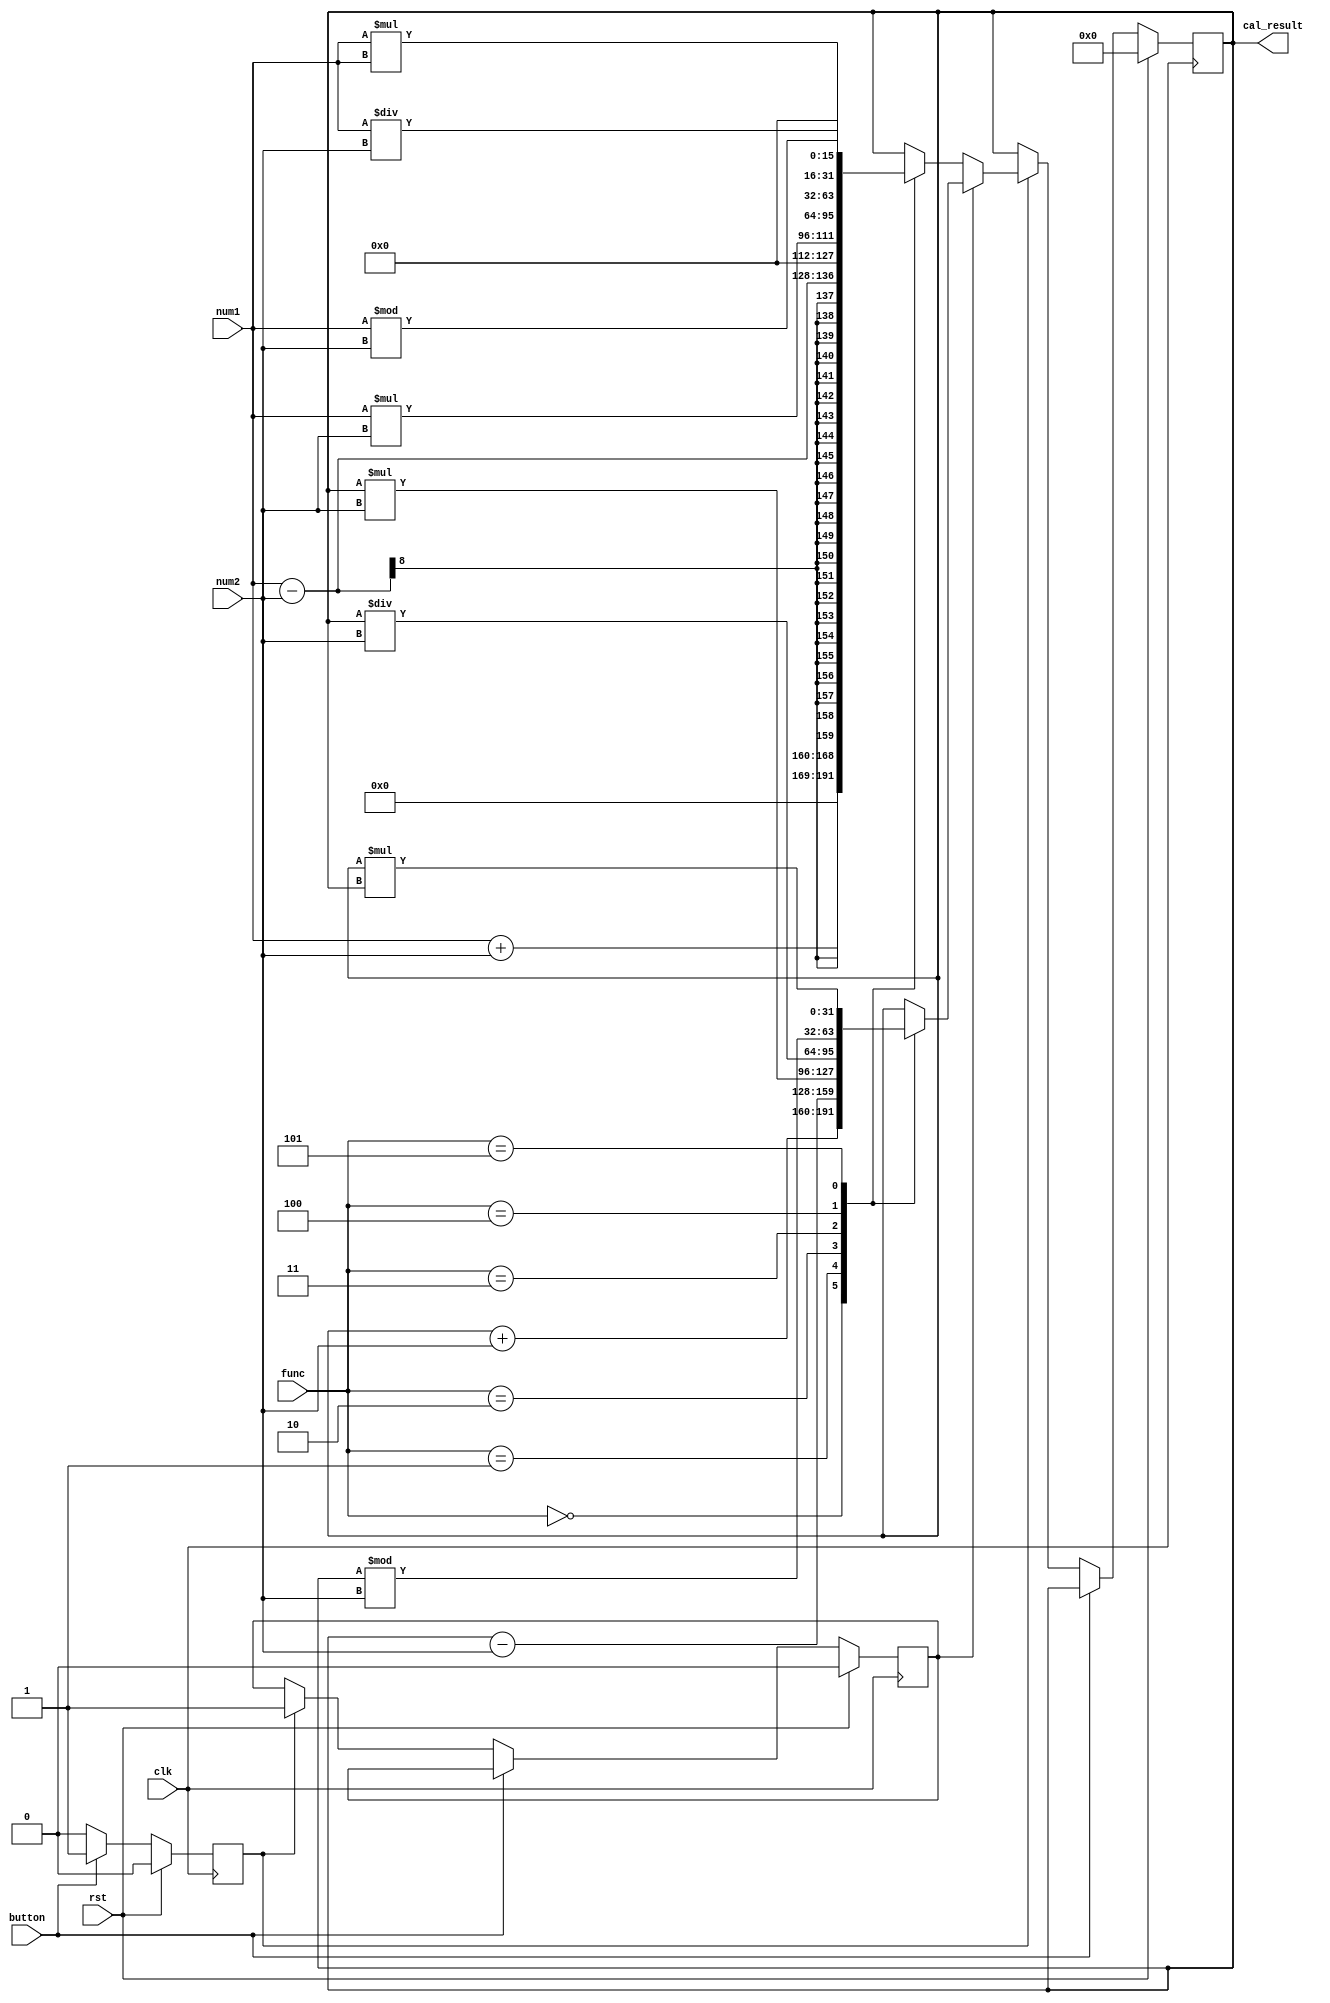
module calculator_hex(
input wire clk,
input wire rst,
input wire button,
input wire [2:0] func,
input wire [7:0] num1,
input wire [7:0] num2,
output wire [31:0] cal_result
    );

reg flag = 'd0;
reg flag_button = 'd0;
reg [31:0] myresult = 32'b0;
assign cal_result = myresult;


always@(posedge clk) begin
    if(rst) begin
        myresult <= 32'b0;
        flag <= 'd0;
        flag_button <= 'd0;
    end
    else if(button) begin
        flag_button <= 'd1;
    end
    else if(flag_button == 'd1) begin
        if(flag == 'd0)begin
        case(func)
        3'b000:begin
            myresult <= num1 + num2;
        end
        3'b001:begin
            myresult <= num1 - num2;
        end
        3'b010:begin
            myresult <= num1 * num2;
        end
        3'b011:begin
            myresult <= num1 / num2;
        end
        3'b100:begin
            myresult <= num1 % num2;
        end
        3'b101:begin
            myresult <= num1 * num1;
        end
        default:begin
        end
        endcase
        flag <= 'd1;
        end
        else begin
        case(func)
        3'b000:begin
            myresult <= myresult + num2;
        end
        3'b001:begin
            myresult <= myresult - num2;
        end
        3'b010:begin
            myresult <= myresult * num2;
        end
        3'b011:begin
            myresult <= myresult / num2;
        end
        3'b100:begin
            myresult <= myresult % num2;
        end
        3'b101:begin
            myresult <= myresult * myresult;
        end
        default:begin
        end
        endcase
        end
        flag_button <= 'd0;
    end        
end     

endmodule


//
/*
module calculator_hex(
input wire clk,
input wire rst,
input wire button,
input wire [2:0] func,
input wire [7:0] num1,
input wire [7:0] num2,
output wire [31:0] cal_result
    );

reg flag = 'd0;
reg flag_button = 'd0;
reg [31:0] myresult = 32'b0;
assign cal_result = myresult;

reg [31:0] counter = 0;
always @(posedge clk) begin
	if(rst)
	counter <= 0;
	else if(button)
	counter <= 0;
	else if(counter != 1000000)
	counter <= counter + 1;
end

always@(posedge clk) begin
    if(rst) begin
        myresult <= 32'b0;
        flag <= 'd0;
        flag_button <= 'd0;
    end
    else if(button) begin
        flag_button <= 'd1;
    end
    else if(counter == 1000000)begin
        if(flag_button == 'd1) begin
        if(flag == 'd0)begin
        case(func)
        3'b000:begin
            myresult <= num1 + num2;
        end
        3'b001:begin
            myresult <= num1 - num2;
        end
        3'b010:begin
            myresult <= num1 * num2;
        end
        3'b011:begin
            myresult <= num1 / num2;
        end
        3'b100:begin
            myresult <= num1 % num2;
        end
        3'b101:begin
            myresult <= num1 * num1;
        end
        default:begin
        end
        endcase
        flag <= 'd1;
        end
        else begin
        case(func)
        3'b000:begin
            myresult <= myresult + num2;
        end
        3'b001:begin
            myresult <= myresult - num2;
        end
        3'b010:begin
            myresult <= myresult * num2;
        end
        3'b011:begin
            myresult <= myresult / num2;
        end
        3'b100:begin
            myresult <= myresult % num2;
        end
        3'b101:begin
            myresult <= myresult * myresult;
        end
        default:begin
        end
        endcase
        end
        flag_button <= 'd0;
    end
    end        
end     

endmodule
*/